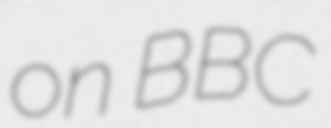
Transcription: on BBC